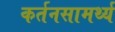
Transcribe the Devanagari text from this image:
कर्तनसामर्थ्य